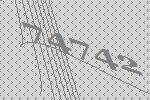
74742